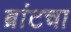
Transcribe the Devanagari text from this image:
ब्रांटचा